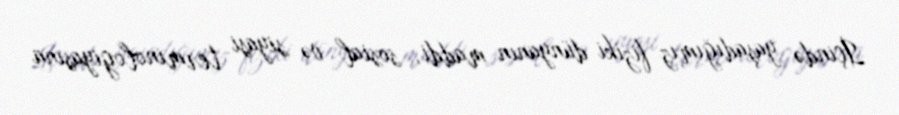
İçində yaşadığımız fiziki dünyanın maddi, sosial və siyasi terminologiyasına